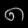
Digit: ၈